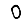
Digit: 0